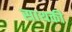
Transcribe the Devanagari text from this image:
साथकी